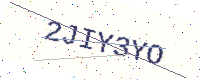
Text: 2JIY3YO